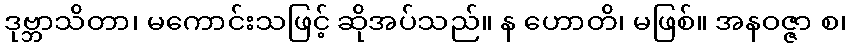
ဒုဗ္ဘာသိတာ၊ မကောင်းသဖြင့် ဆိုအပ်သည်။ န ဟောတိ၊ မဖြစ်။ အနဝဇ္ဇာ စ၊